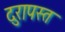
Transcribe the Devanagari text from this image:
दुरापस्त